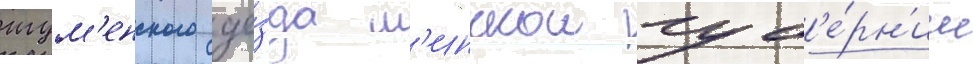
игум'енского уе́зда м'инскои губ'е́рн'ии